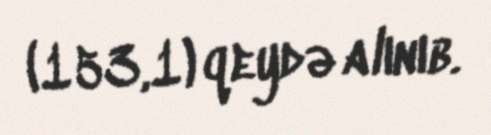
(153,1) qeydə alınıb.